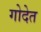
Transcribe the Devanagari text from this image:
गोदेत